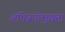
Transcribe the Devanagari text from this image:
अभिजनोन्मुखता